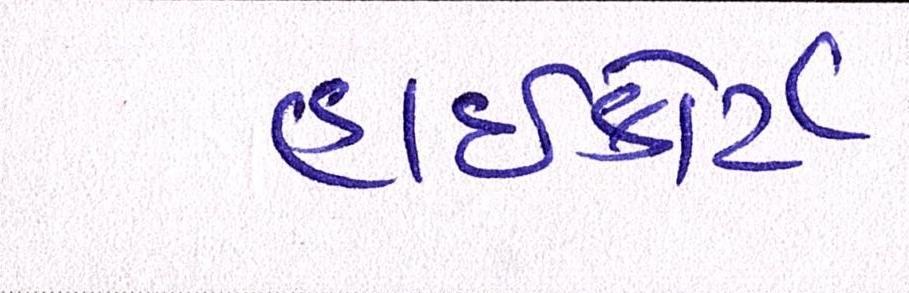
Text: હાઈકોર્ટ